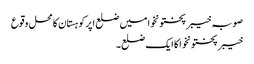
صوبہ خیبر پختونخوا میں ضلع اپرکوہستان کا محل وقوع
خیبر پختونخوا کا ایک ضلع۔